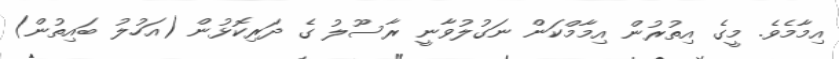
އިމާމެވެ. މީގެ އިތުރުން އިމާމްކަން ނަގުލުވާނީ ރާސޫލު ގެ ދަރިކޮޅުން (އަހުލު ބައިތުން)